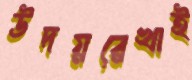
উদয়রেখাই